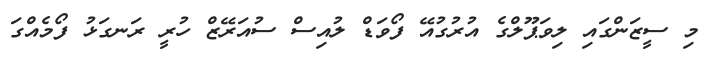
މި ސީޒަންގައި ލިވަޕޫލްގެ އުރުގުއޭ ފޯވަޑް ލުއިސް ސުއަރޭޒް ހުރީ ރަނގަޅު ފޯމެއްގަ